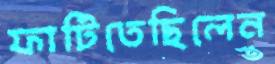
ফাটিতেছিলেন